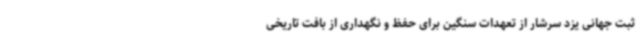
ثبت جهانی یزد سرشار از تعهدات سنگین برای حفظ و نگهداری از بافت تاریخی